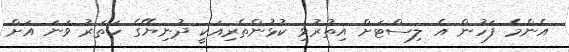
އެންމެ ފަހުން އެ ލިސްޓަށް އިތުރުވި ކުޅުންތެރިއަކީ ދުނިޔޭގެ ހަތަރު ވަނަ އަށް